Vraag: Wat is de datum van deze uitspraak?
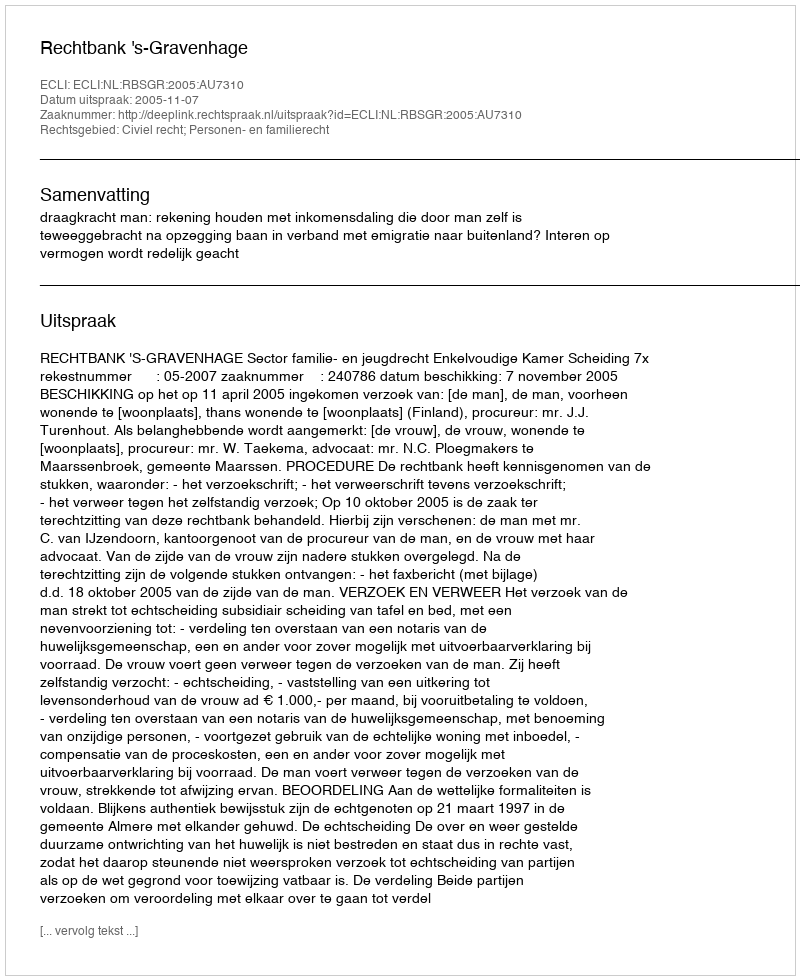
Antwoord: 2005-11-07